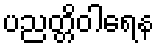
ပညတ္တိဝါရေန